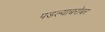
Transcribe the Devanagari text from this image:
पडल्याबरोबर